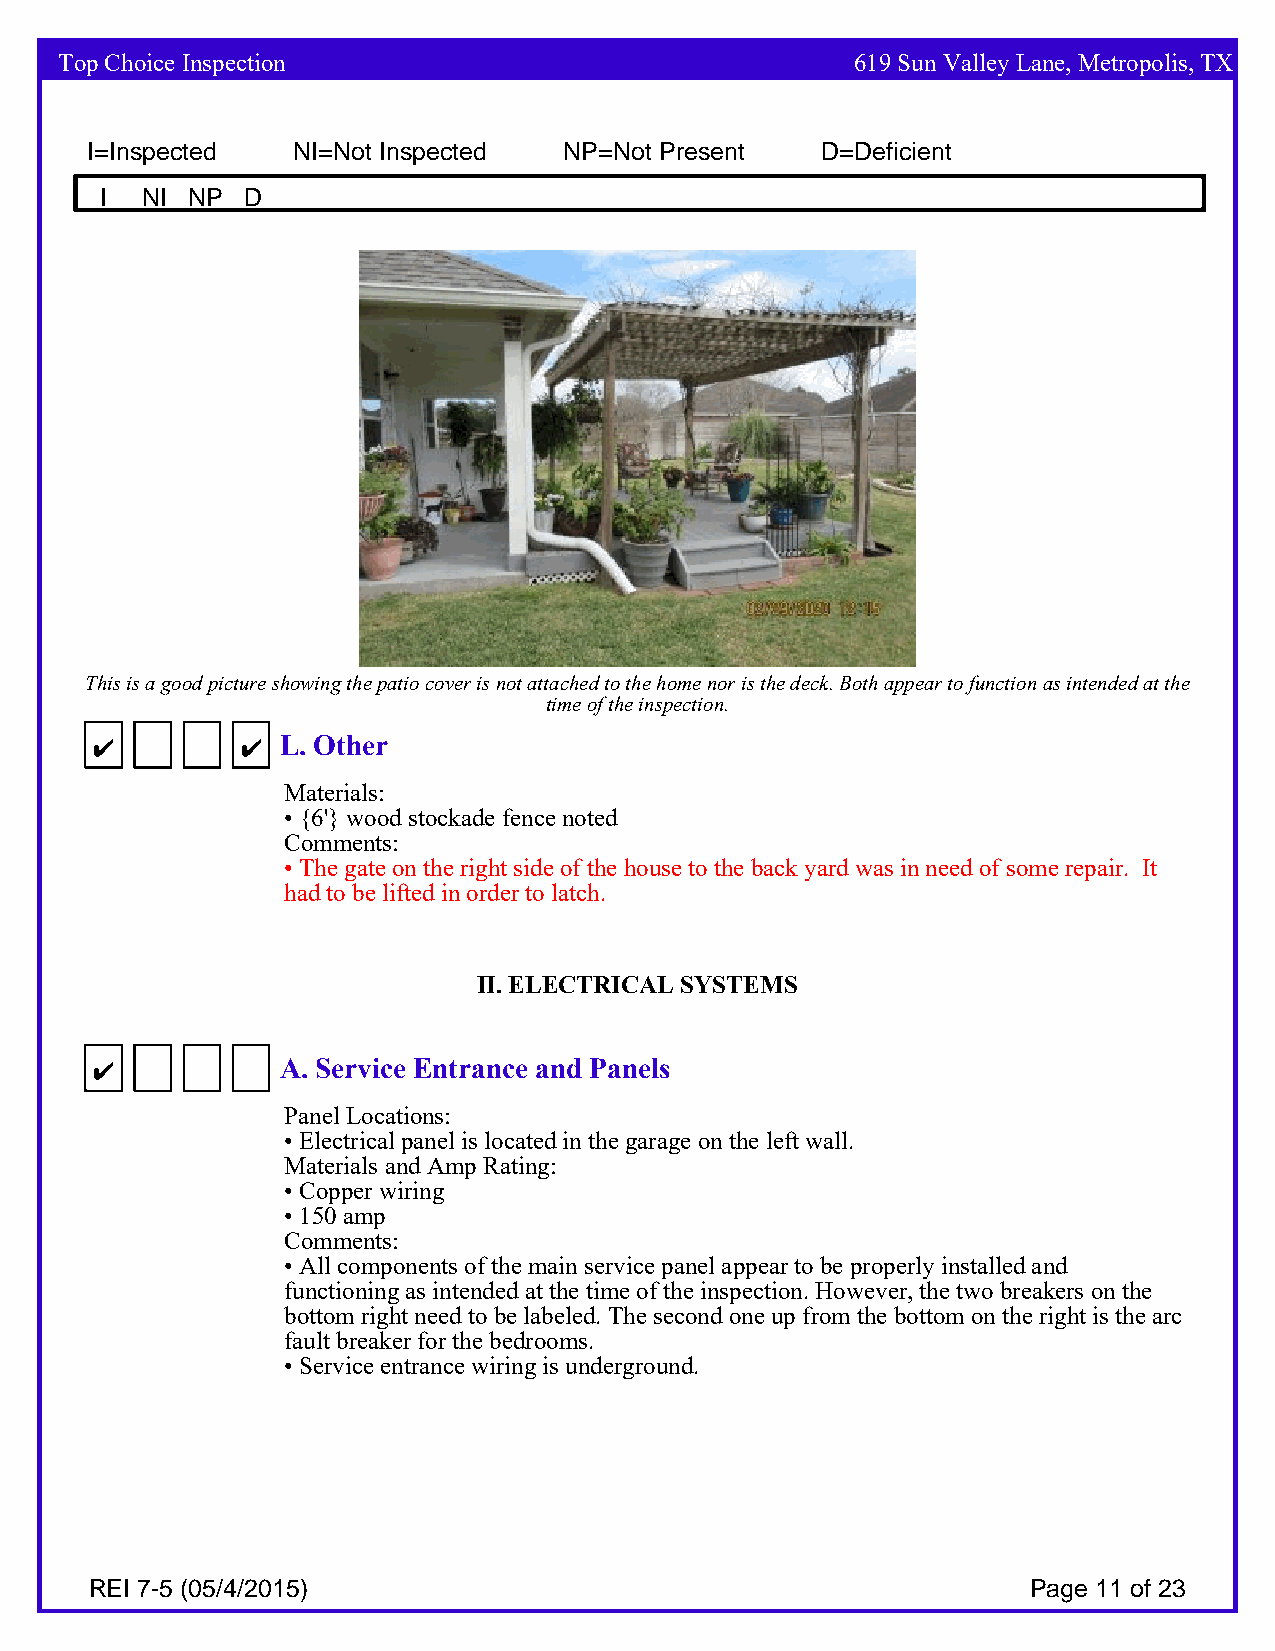
Top Choice Inspection                                619 Sun Valley Lane, Metropolis, TX
 I=Inspected  NI=Not Inspected  NP=Not Present   D=Deficient
 I NI NP  D
 This is a good picture showing the patio cover is not attached to the home nor is the deck. Both appear to function as intended at the
 time of the inspection.
 4         4  L. Other
 Materials:
 • {6'} wood stockade fence noted
 Comments:
 • The gate on the right side of the house to the back yard was in need of some repair. It
 had to be lifted in order to latch.
 II. ELECTRIC AL SYSTEMS
 4            A. Service Entrance and Panels
 Panel Locations:
 • Electrical panel is located in the garage on the left wall.
 Materials and Amp Rating:
 • Copper wiring
 • 150 amp
 Comments:
 • All components of the main service panel appear to be properly installed and
 functioning as intended at the time of the inspection. However, the two breakers on the
 bottom right need to be labeled. The second one up from the bottom on the right is the arc
 fault breaker for the bedrooms.
 • Service entrance wiring is underground.
 REI 7-5 (05/4/2015)                                           Page 11 of 23